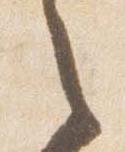
之